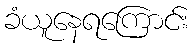
ခံယူနေရကြောင်း